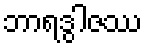
ဘာရဒွါဇဿ